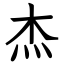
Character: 杰